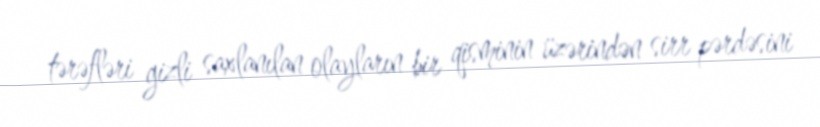
tərəfləri gizli saxlanılan olayların bir qisminin üzərindən sirr pərdəsini